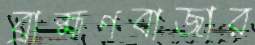
ব্রাহ্মণবাজার